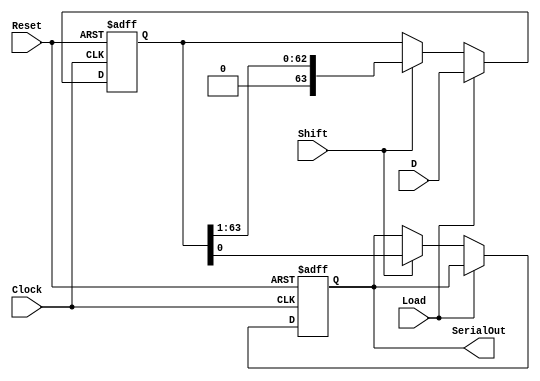
module PISO_Register (
    input wire [63:0] D,       // 64-bit parallel input data
    input wire Load,           // Load control signal
    input wire Shift,          // Shift control signal
    input wire Clock,          // Clock signal
    input wire Reset,          // Asynchronous reset signal
    output reg SerialOut       // Serial output
);

    reg [63:0] shift_reg;      // Internal shift register

    always @(posedge Clock or posedge Reset) begin
        if (Reset) begin
            shift_reg <= 64'b0; // Reset the shift register to zero
            SerialOut <= 1'b0;   // Reset the serial output
        end else begin
            if (Load) begin
                shift_reg <= D;  // Load the data into the shift register
            end else if (Shift) begin
                SerialOut <= shift_reg[0]; // Output the LSB
                shift_reg <= {1'b0, shift_reg[63:1]}; // Shift left
            end
        end
    end

endmodule